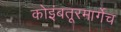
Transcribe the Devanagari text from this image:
कोइंबतूरमार्गेच